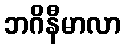
ဘဂိနီမာလာ